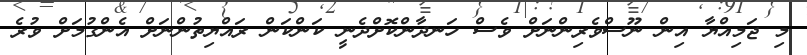
މި ޖަމިއްޔާ އިން ނޫސްވެރިންނަށް ވެސް ހަނދާންކޮށްދެނީ ކަންކަން ރައްޔިތުންނަށް އެންގުމަށް ވުރެ